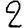
Digit: 2